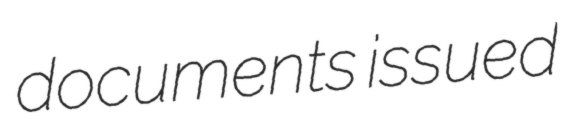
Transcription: documents issued